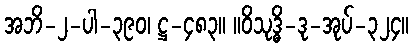
အဘိ-၂-ပါ-၃၉၀၊ ဋ္ဌ-၄၈၃။ ။ဝိသုဒ္ဓိ-ဒု-အုပ်-၃၂၄။